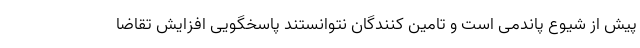
پیش از شیوع پاندمی است و تامین کنندگان نتوانستند پاسخگویی افزایش تقاضا